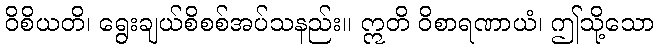
ဝိစိယတိ၊ ရွေးချယ်စိစစ်အပ်သနည်း။ ဣတိ ဝိစာရဏာယံ၊ ဤသို့သော